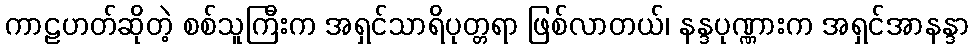
ကာဠဟတ်ဆိုတဲ့ စစ်သူကြီးက အရှင်သာရိပုတ္တရာ ဖြစ်လာတယ်၊ နန္ဒပုဏ္ဏားက အရှင်အာနန္ဒာ